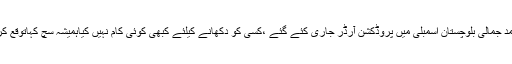
جان محمد جمالی بلوچستان اسمبلی میں پروڈکشن آرڈر جاری کئے گئے ،کسی کو دکھانے کیلئے کبھی کوئی کام نہیں کیاہمیشہ سچ کہاتوقع کرتا ہوں ۔